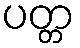
ပတ္တ